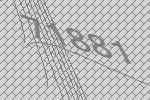
71881